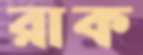
রাক